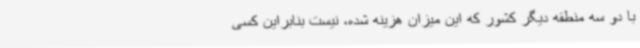
با دو سه منطقه دیگر کشور که این میزان هزینه شده، نیست بنابراین کسی